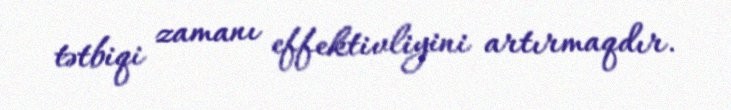
tətbiqi zamanı effektivliyini artırmaqdır.